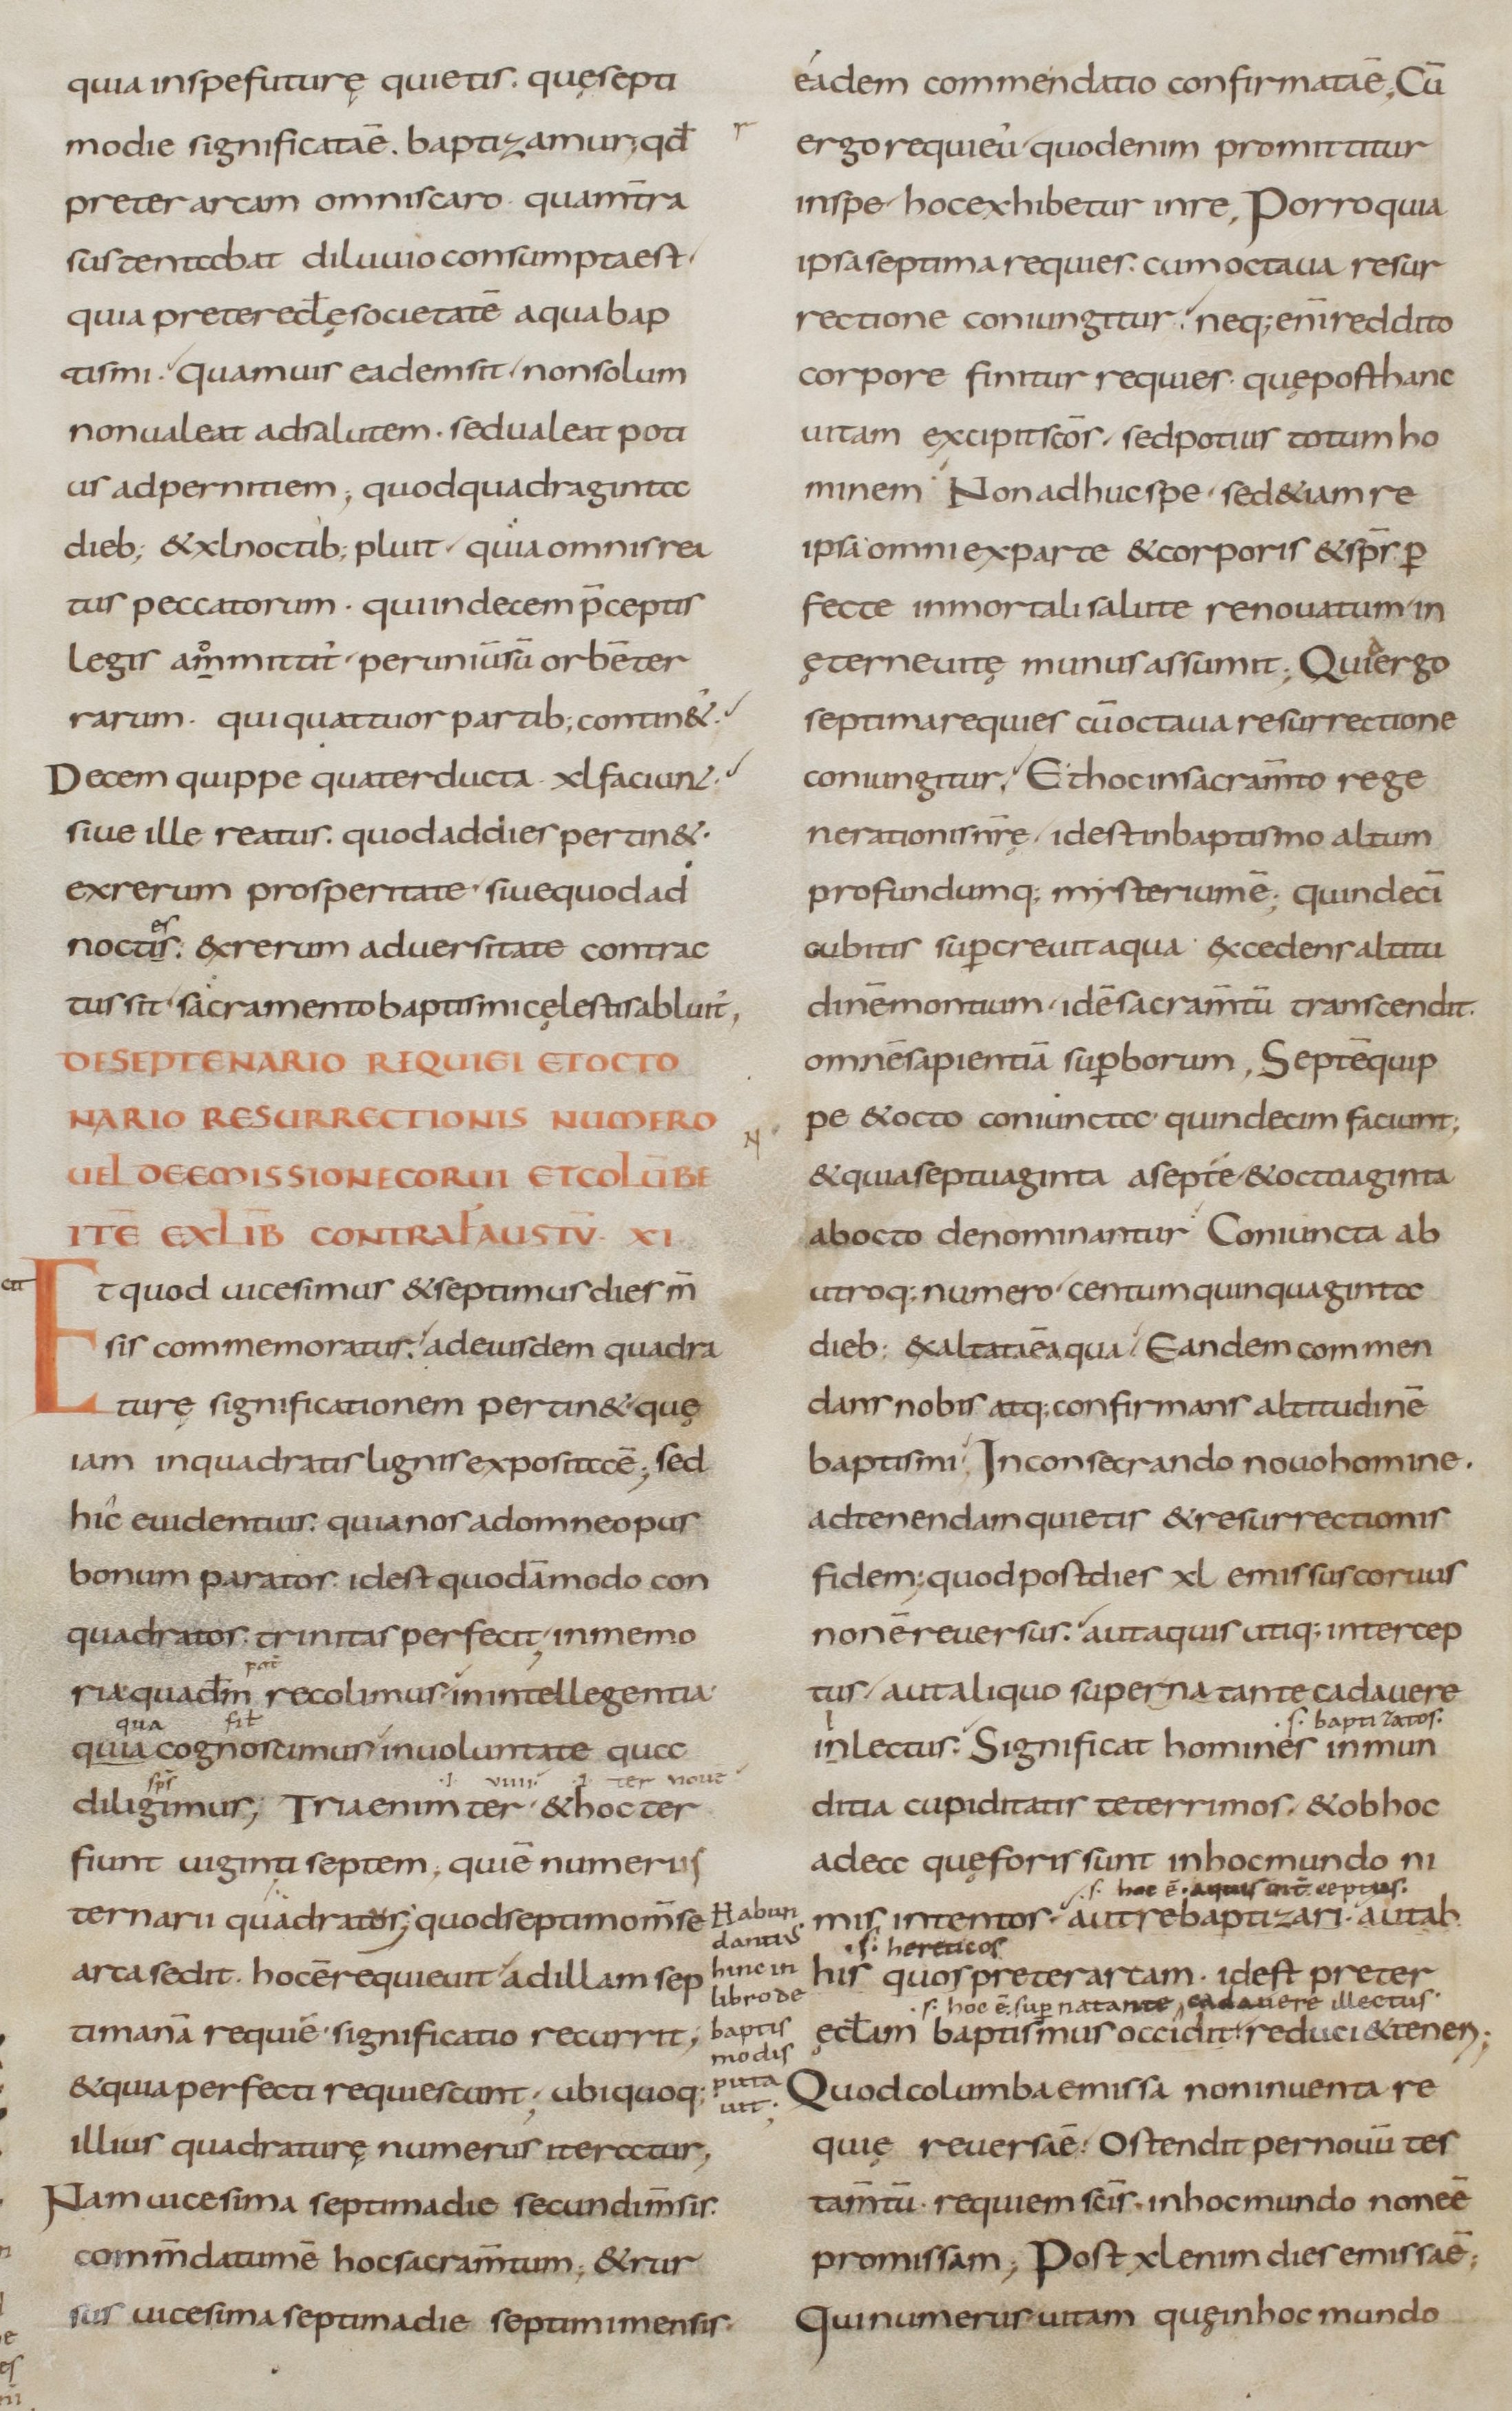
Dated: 800–899